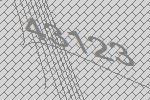
43123